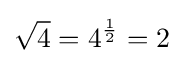
{\sqrt {4}}=4^{\frac {1}{2}}=2